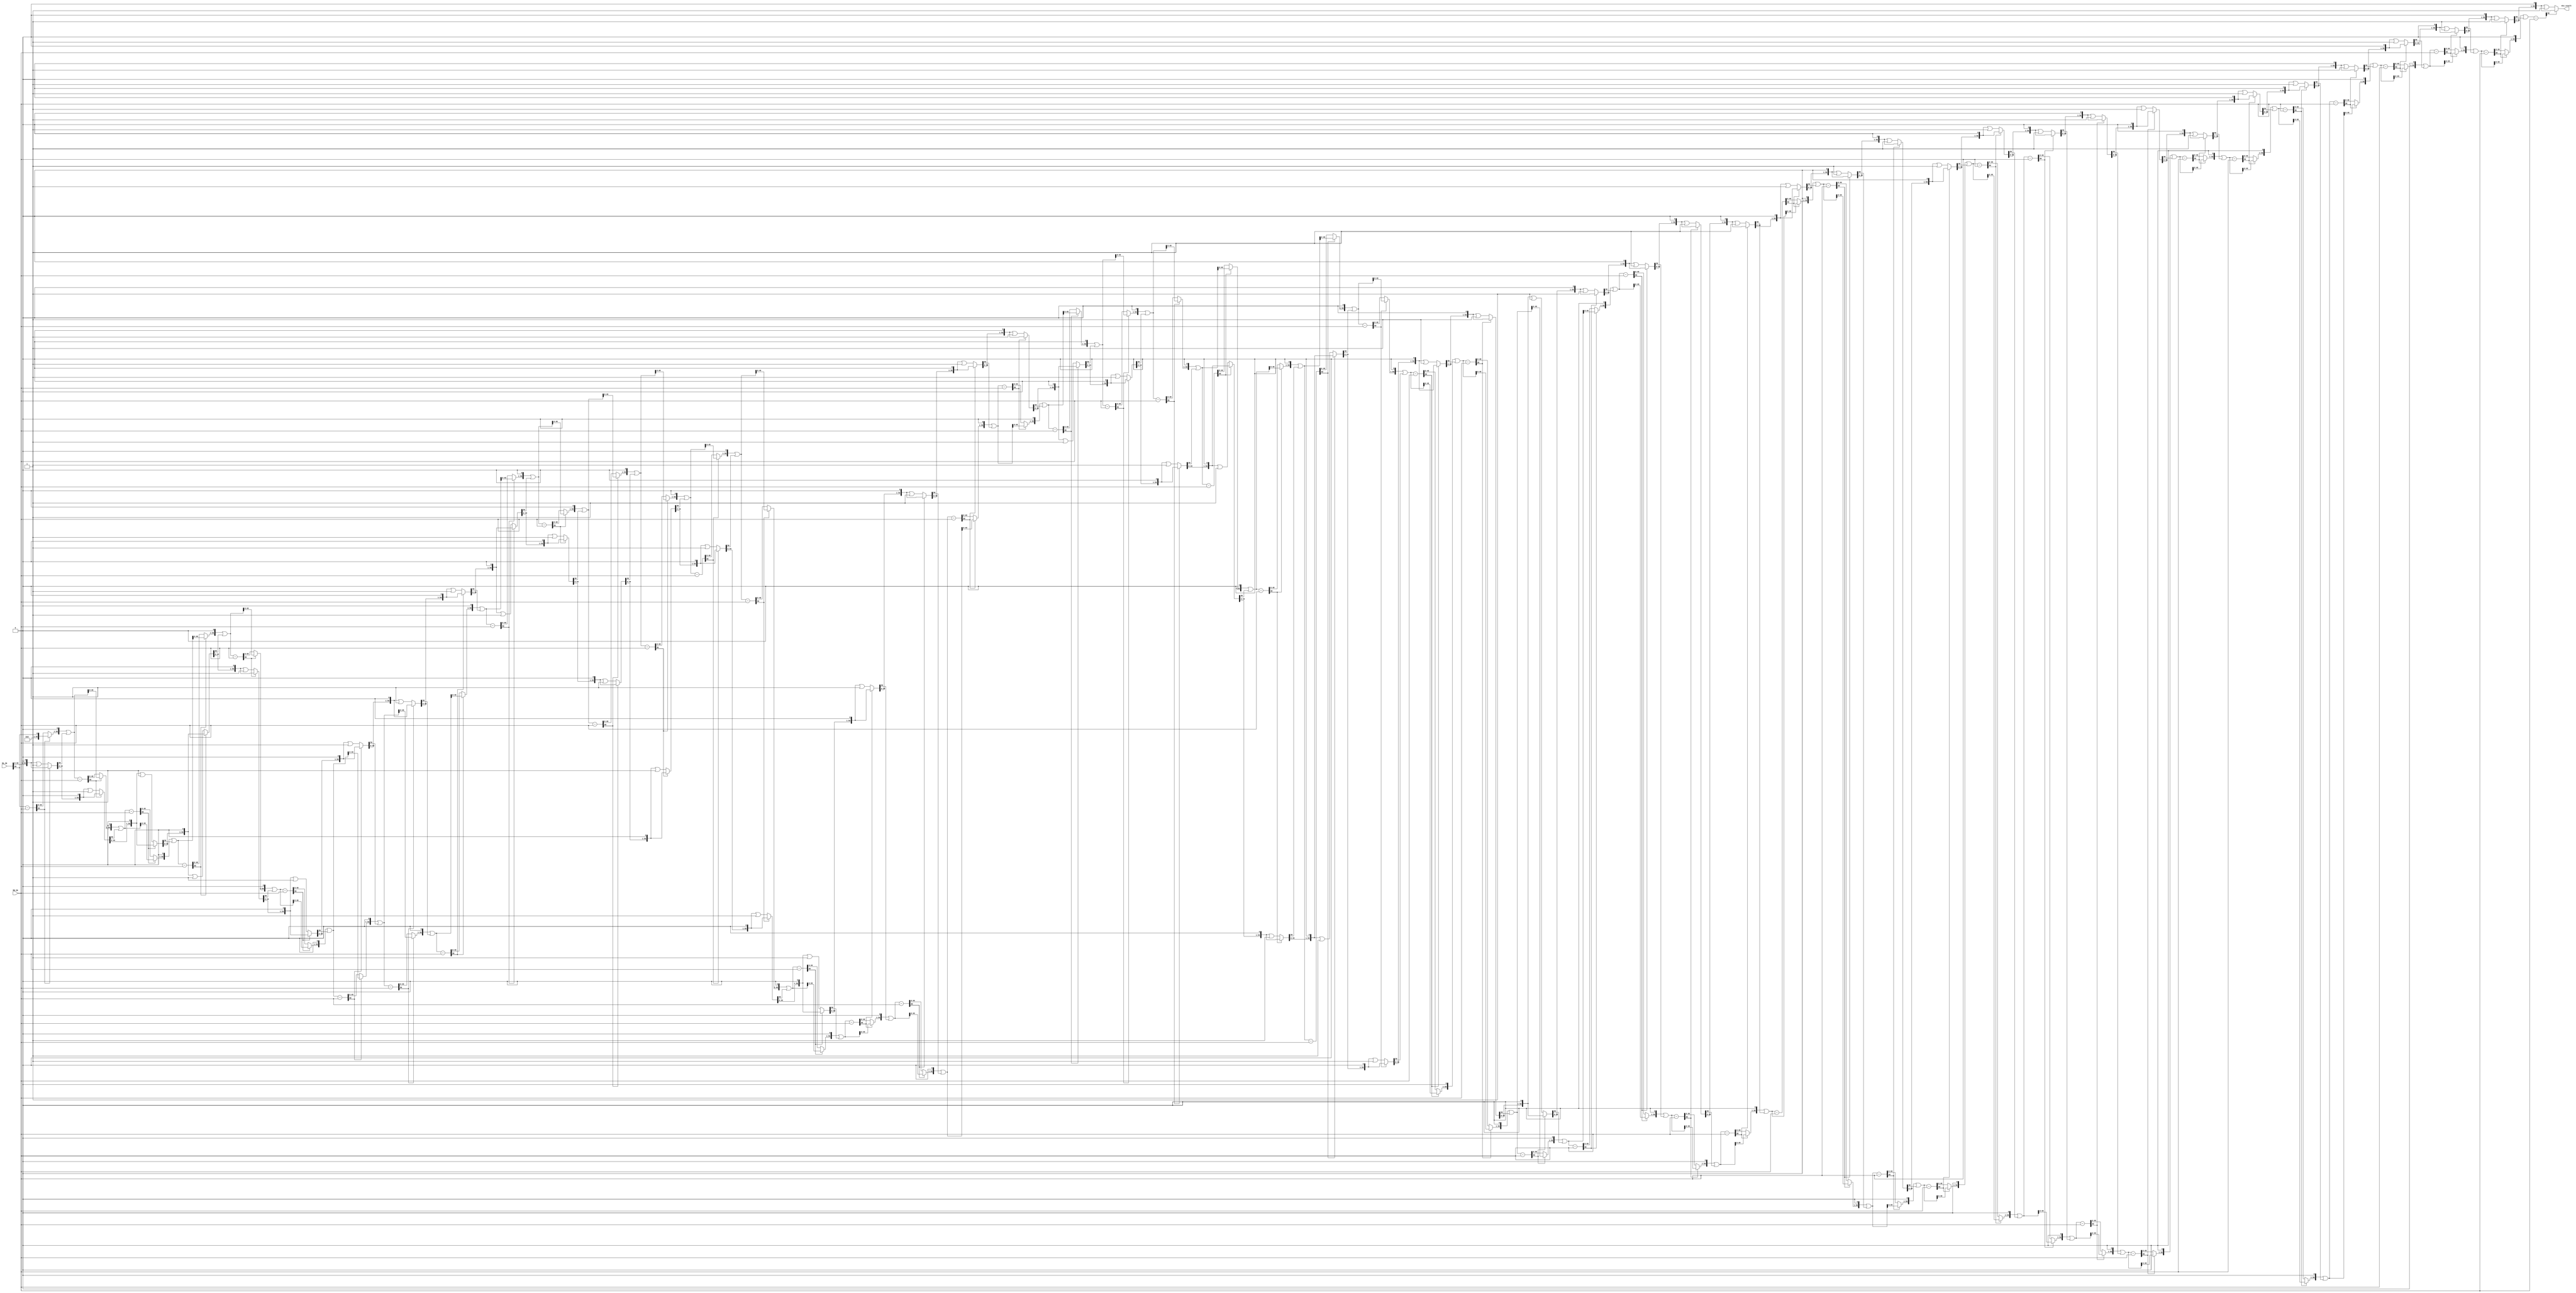
module block_div
(
    input  [50:0]     MA_IN,
    input  [50:0]     MB_IN,
    output [50:0]     div_result
);

wire  [50:0] quotient;
wire  [50:0] remainder;

reg [50:0] p, a, temp;
integer i;

///////////////////////////////////////////////////////////////////////////////////////////////////////

always @(*)
begin
    a = MA_IN;
    p = 0;

    for(i = 0; i < 50; i = i+1)
    begin
        //Shift Left carrying a's MSB into p's LSB
        p = (p << 1) | a[50];
        a = a << 1;

        //store value in case we have to restore
        temp = p;

        //Subtract
        p = p - MB_IN;

        if( p[50] ) // if p < 0
            p = temp; //restore value
        else
            a = a | 1;
    end	
end

///////////////////////////////////////////////////////////////////////////////////////////////////////

assign quotient = a;

assign remainder = p;

assign div_result = quotient;
    
endmodule // block_div